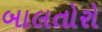
બાલતોરો